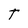
Character: t